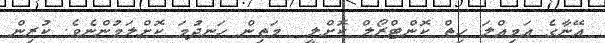
އޭނާގެ އަމިއްލަ ހިތް ކޮންޓްރޯލް ކޮށްލީ  މަތިން ހަނދުމަ ކޮށްލަމުންނެވެ. ކުރިން